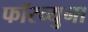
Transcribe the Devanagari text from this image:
फॉरच्युना